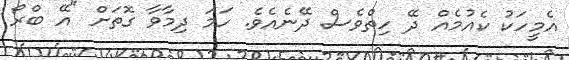
އެމީހަކު ކެއުމެއް ދޭ ހިތްވެސް ދޭނެއެވެ. ހަމަ ދިމާވާ ގޮތަށް "އޭ ބްރޯ